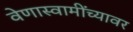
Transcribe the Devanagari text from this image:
वेणास्वामींच्यावर